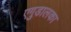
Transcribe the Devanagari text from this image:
एगुडालका